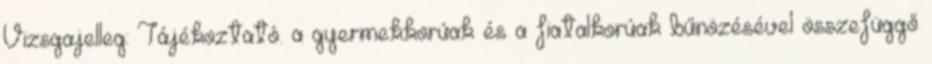
Vizsgajelleg: Tájékoztató. a gyermekkorúak és a fiatalkorúak bűnözésével összefüggő